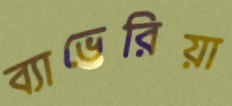
ব্যাভেরিয়া